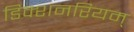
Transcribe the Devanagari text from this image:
डिक्शनरियम्